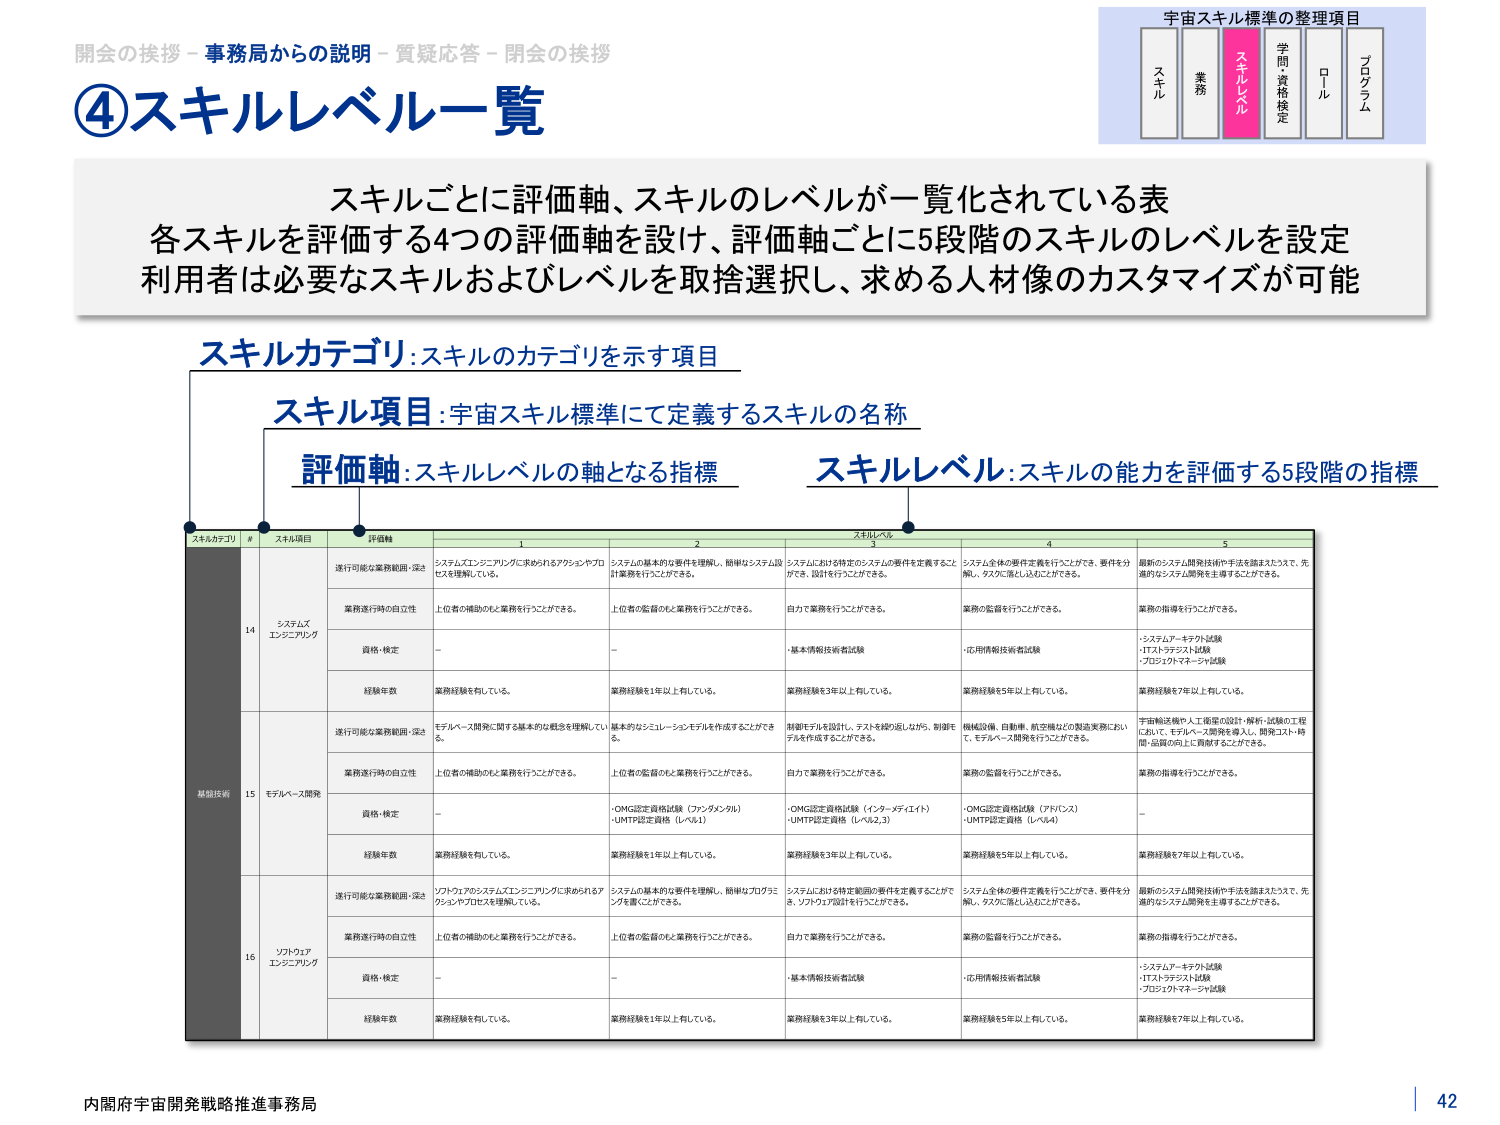
開会の挨拶－事務局からの説明－質疑応答－閉会の挨拶
④スキルレベル一覧

宇宙スキル標準の整理項目
スキル　業務　スキルレベル　学問資格検定　ロール　プログラム

スキルごとに評価軸、スキルのレベルが一覧化されている表
各スキルを評価する4つの評価軸を設け、評価軸ごとに5段階のスキルのレベルを設定
利用者は必要なスキルおよびレベルを取捨選択し、求める人材像のカスタマイズが可能

スキルカテゴリ：スキルのカテゴリを示す項目
スキル項目：宇宙スキル標準にて定義するスキルの名称
評価軸：スキルレベルの軸となる指標
スキルレベル：スキルの能力を評価する5段階の指標

スキルカテゴリ　#　スキル項目　評価軸　スキルレベル